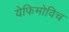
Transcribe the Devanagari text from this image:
येफिमोविच